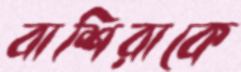
বাশিরাকে